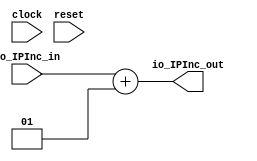
module PcInc(
  input         clock,
  input         reset,
  input  [31:0] io_IPInc_in,
  output [31:0] io_IPInc_out
);
  assign io_IPInc_out = $signed(io_IPInc_in) + 32'sh1; // @[PcInc.scala 12:30]
endmodule